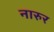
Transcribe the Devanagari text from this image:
नारुर